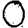
Digit: 0